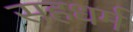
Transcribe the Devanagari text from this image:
सहधर्म